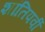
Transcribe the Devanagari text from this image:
शांतिपर्वी